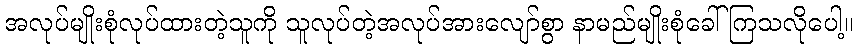
အလုပ်မျိုးစုံလုပ်ထားတဲ့သူကို သူလုပ်တဲ့အလုပ်အားလျော်စွာ နာမည်မျိုးစုံခေါ်ကြသလိုပေါ့။